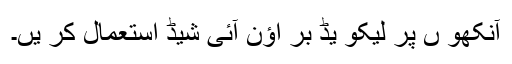
آنکھو ں پر لیکو یڈ بر اؤن آئی شیڈ استعمال کر یں۔